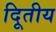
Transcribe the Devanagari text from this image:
दिूतीय